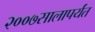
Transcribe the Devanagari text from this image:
२००७सालापर्यंत